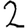
Digit: 2